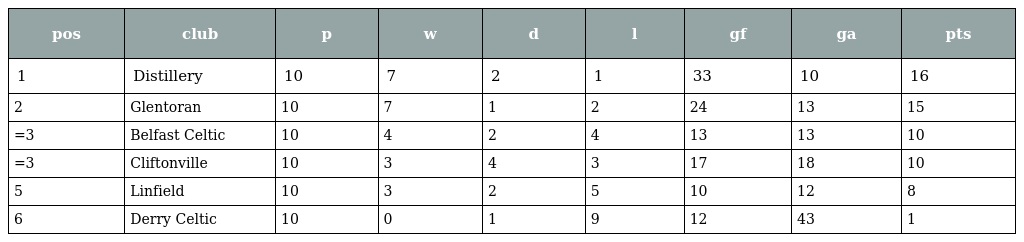
| pos | club | p | w | d | l | gf | ga | pts |
 | --- | --- | --- | --- | --- | --- | --- | --- | --- |
 | 1 | Distillery | 10 | 7 | 2 | 1 | 33 | 10 | 16 |
 | 2 | Glentoran | 10 | 7 | 1 | 2 | 24 | 13 | 15 |
 | =3 | Belfast Celtic | 10 | 4 | 2 | 4 | 13 | 13 | 10 |
 | =3 | Cliftonville | 10 | 3 | 4 | 3 | 17 | 18 | 10 |
 | 5 | Linfield | 10 | 3 | 2 | 5 | 10 | 12 | 8 |
 | 6 | Derry Celtic | 10 | 0 | 1 | 9 | 12 | 43 | 1 |